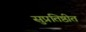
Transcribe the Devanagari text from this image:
सुप्रतिष्ठीत